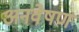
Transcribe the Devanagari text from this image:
अनवेषण